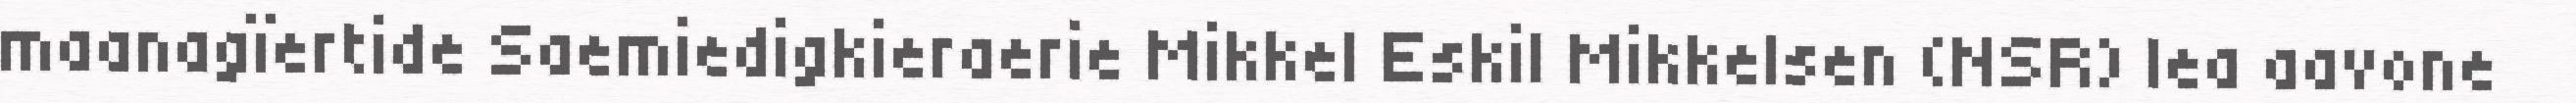
maanagïertide Saemiedigkieraerie Mikkel Eskil Mikkelsen (NSR) lea aavone